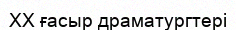
XX ғасыр драматургтері